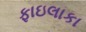
ફાઇલાકા